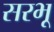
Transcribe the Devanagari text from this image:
सरभू